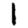
Digit: 1